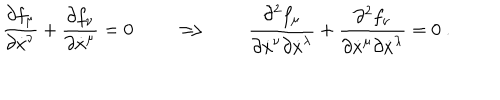
LaTeX: \frac { \partial f _ { \mu } } { \partial \dot { x } ^ { \nu } } + \frac { \partial f _ { \nu } } { \partial \dot { x } ^ { \mu } } = 0 \qquad \Longrightarrow \qquad \frac { \partial ^ { 2 } f _ { \mu } } { \partial \dot { x } ^ { \nu } \partial \dot { x } ^ { \lambda } } + \frac { \partial ^ { 2 } f _ { \nu } } { \partial \dot { x } ^ { \mu } \partial \dot { x } ^ { \lambda } } = 0 \ .